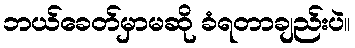
ဘယ်ခေတ်မှာမဆို ခံရတာချည်းပဲ။